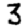
Digit: 3